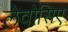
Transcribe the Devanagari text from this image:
लेवोसिए